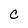
Character: C